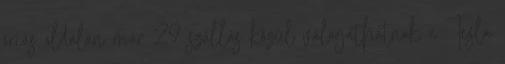
óriás oldalán már 29 szállás közül válogathatnak a Tesla